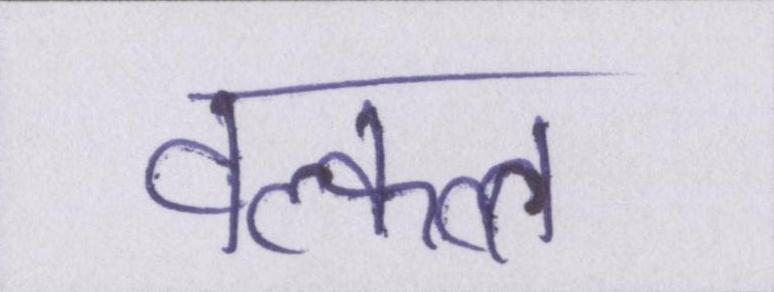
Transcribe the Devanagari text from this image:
वल्कल